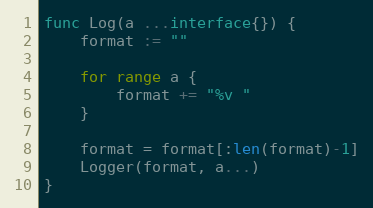
Language: Go
func Log(a ...interface{}) {
	format := ""

	for range a {
		format += "%v "
	}

	format = format[:len(format)-1]
	Logger(format, a...)
}